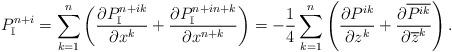
LaTeX: \begin{align*}P^{n+i}_{\mathbb{I}}=\sum_{k=1}^n\left(\frac{\partial P_\mathbb{I}^{n+ik}}{\partial x^k}+\frac{\partial P_\mathbb{I}^{n+in+k}}{\partial x^{n+k}}\right)=-\frac{1}{4}\sum_{k=1}^n\left(\frac{\partial P^{ik}}{\partial z^k}+\frac{\partial \overline{P^{ik}}}{\partial \overline{z}^k}\right).\end{align*}